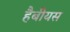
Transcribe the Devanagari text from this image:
हैबीयस